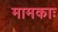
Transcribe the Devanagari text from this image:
मामकाः